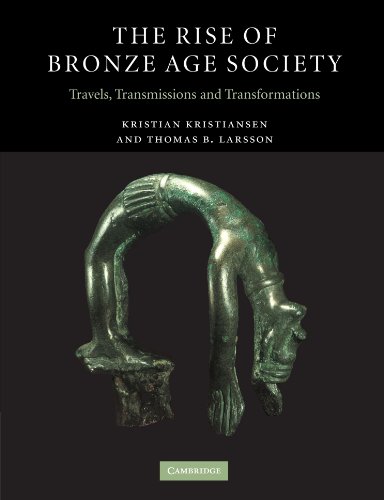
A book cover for The Rise of Bronze Age Society: Travels, Transmissions and Transformations; Kristian Kristiansen; History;